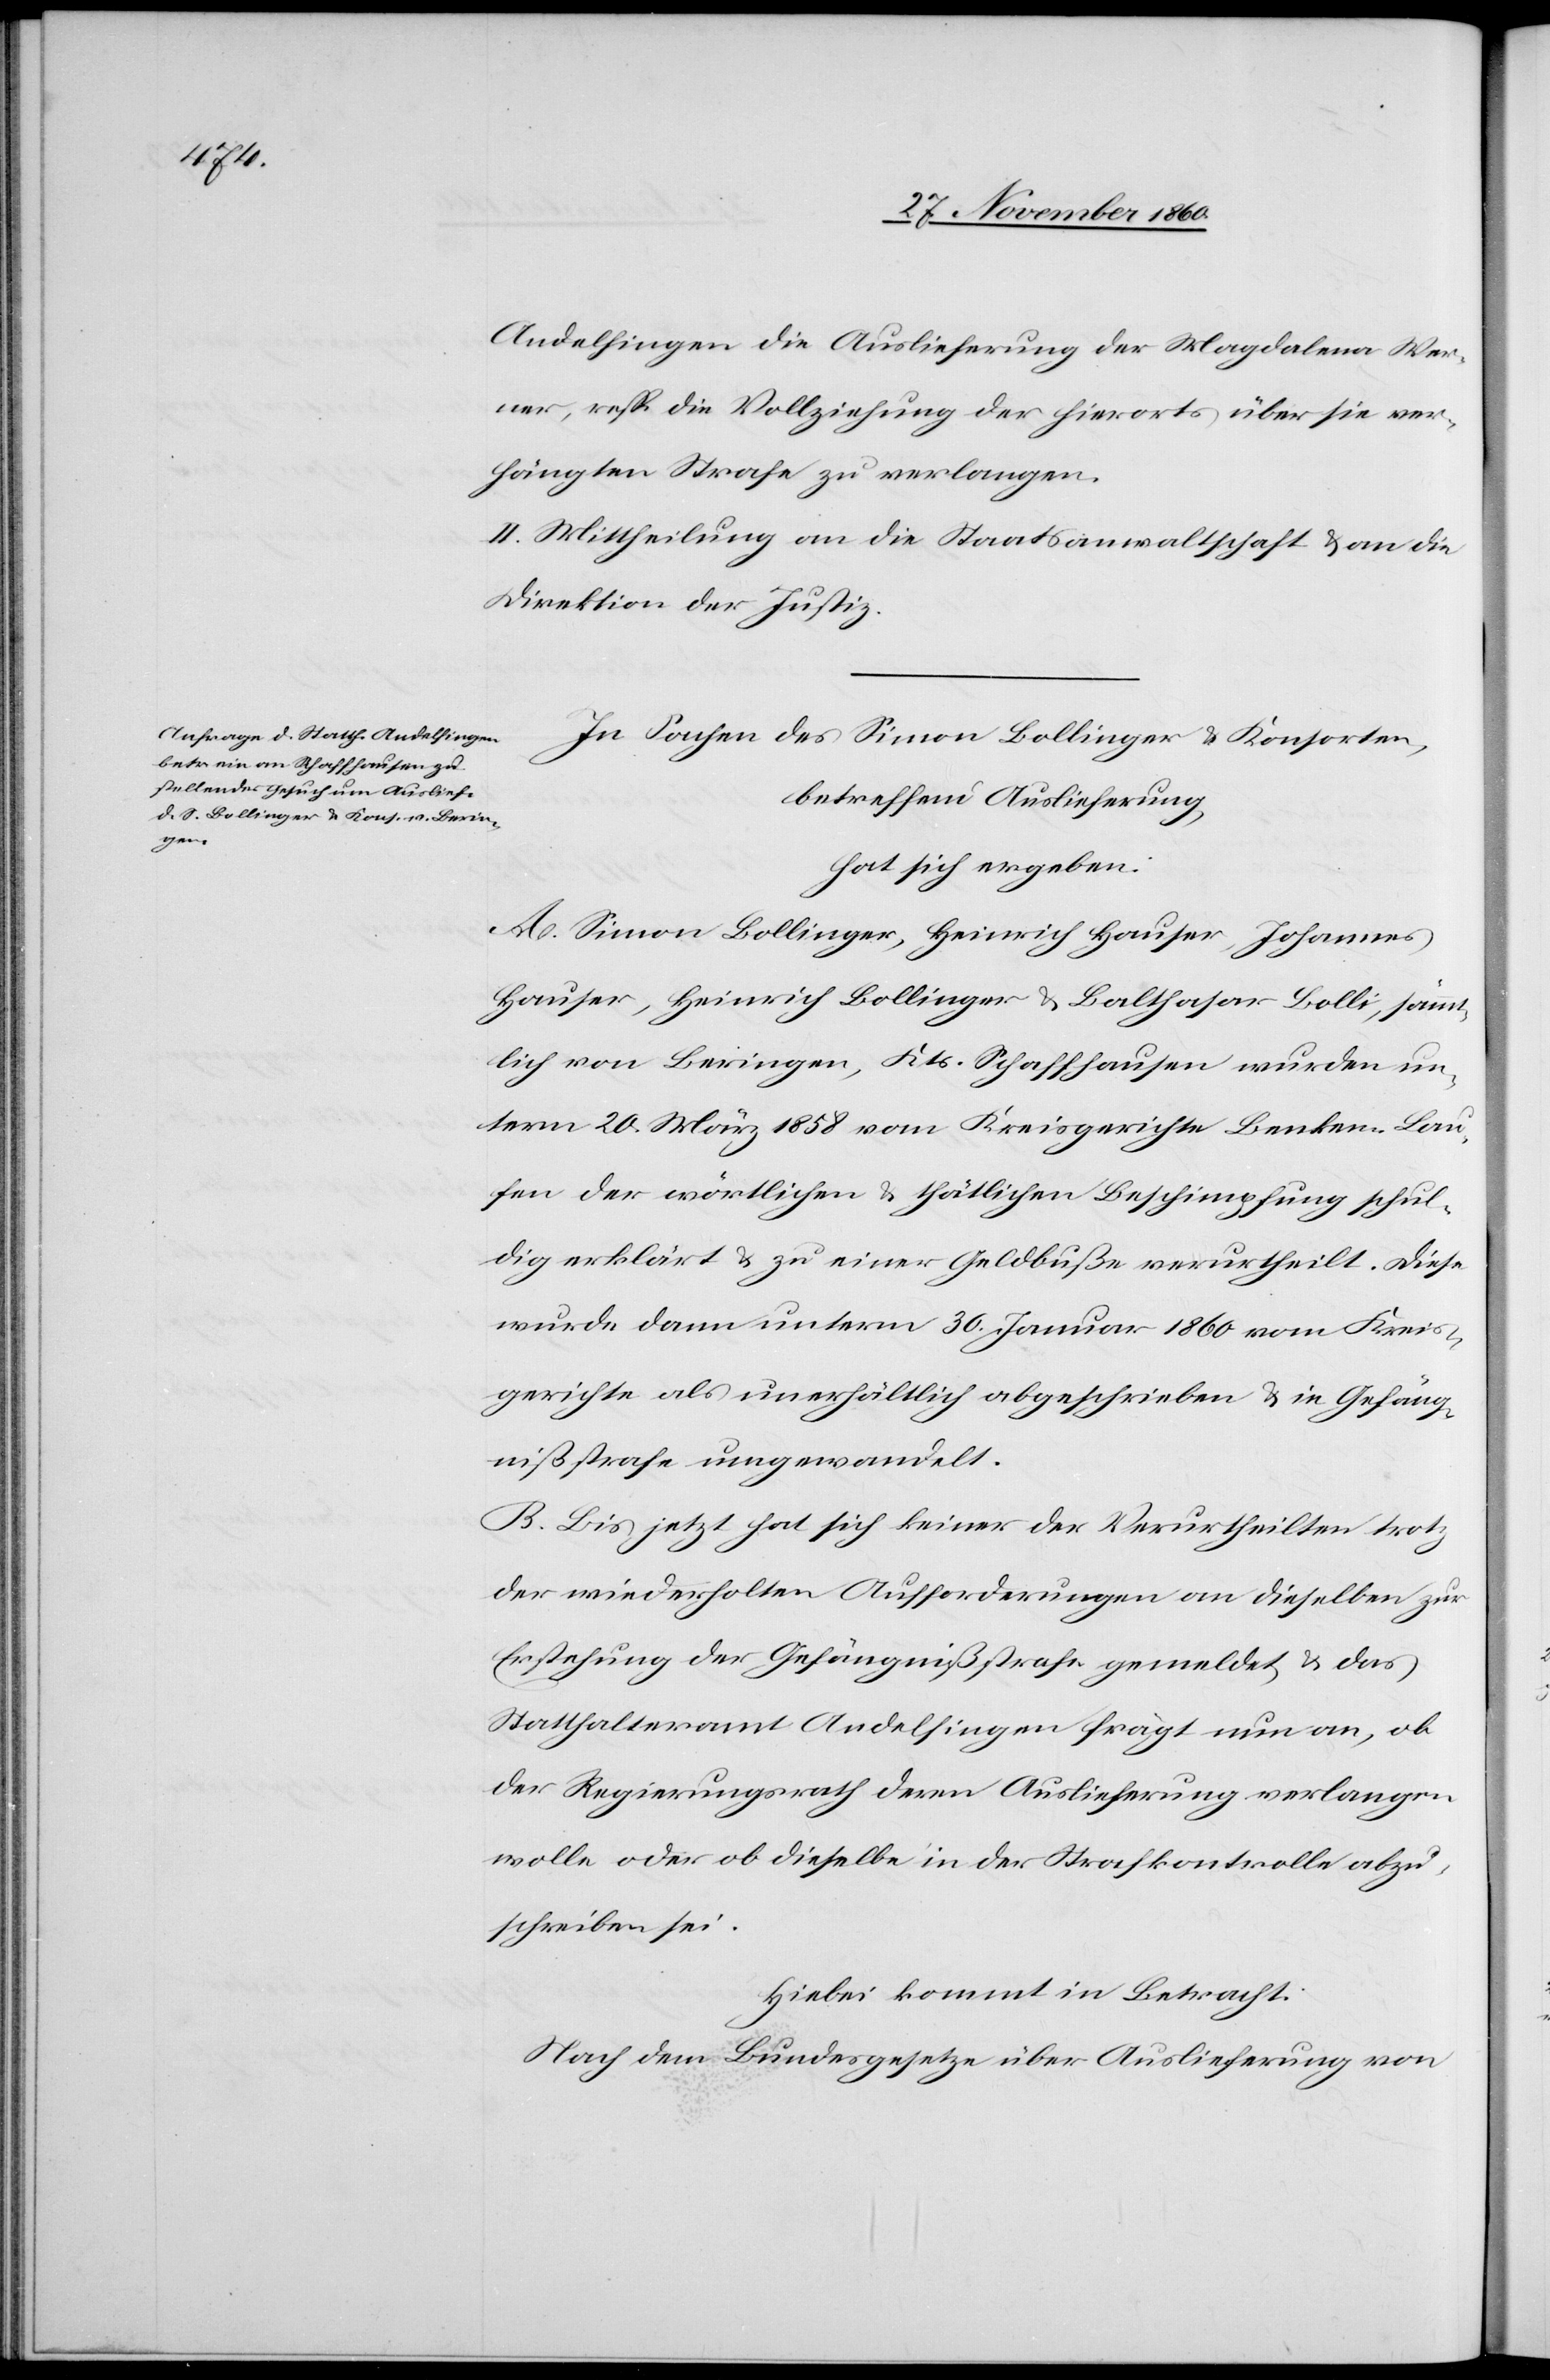
Andelfingen die Auslieferung der Magdalena Wer¬
ner, resp. die Vollziehung der hierorts über sie ver¬
hängten Strafe zu verlangen.
II. Mittheilung an die Staatsanwaltschaft u. an die
Direktion der Justiz.
In Sachen des Simon Bollinger u. Konsorten,
betreffend Auslieferung,
hat sich ergeben:
A. Simon Bollinger, Heinrich Hauser, Johannes
Hauser, Heinrich Bollinger u. Balthasar Bolli, sämm¬
tlich von Beringen, Kts. Schaffhausen wurden un¬
term 20. März 1858 vom Kreisgerichte Benken-Lau¬
en der wörtlichen u. thätlichen Beschimpfung schul¬
dig erklärt u. zu einer Geldbuße verurtheilt. Diese
wurde dann unterm 30. Januar 1860 vom Kreis¬
gerichte als unerhältlich abgeschrieben u. in Gefäng¬
nißstrafe umgewandelt.
B. Bis jetzt hat sich keiner der Verurtheilten trotz
der wiederholten Aufforderungen an dieselben zur
Erstehung der Gefängnißstrafe gemeldet u. das
Statthalteramt Andelfingen frägt nun an, ob
der Regierungsrath deren Auslieferung verlangen
wolle oder ob dieselbe in der Strafkontrolle abzu¬
schreiben sei.
Hiebei kommt in Betracht:
Nach dem Bundesgesetze über Auslieferung von